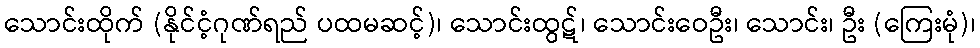
သောင်းထိုက် (နိုင်ငံ့ဂုဏ်ရည် ပထမဆင့်)၊ သောင်းထွဋ်၊ သောင်းဝေဦး၊ သောင်း၊ ဦး (ကြေးမုံ)၊